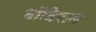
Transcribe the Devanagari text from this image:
धोंडिराम